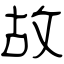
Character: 故